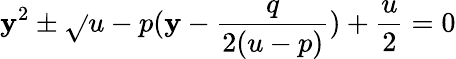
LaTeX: \mathbf{y}^{2}\pm\sqrt{}{{u-p}}(\mathbf{y}-\frac{{q}}{{2(u-p)}})+\frac{{u}}{{2}}=0